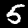
Digit: 5